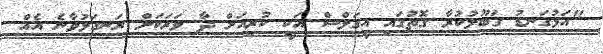
"އަޅުގަނޑު ގަބޫލުކުރާ ގޮތުގައި އީގަލްސް އަކީ ކުރިއަށް ދާ ވަރަކަށް ރަނގަޅުވާނެ އެއް